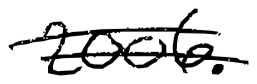
Text: 2006.
Cross-out: double-line
Writing tool: digital_black